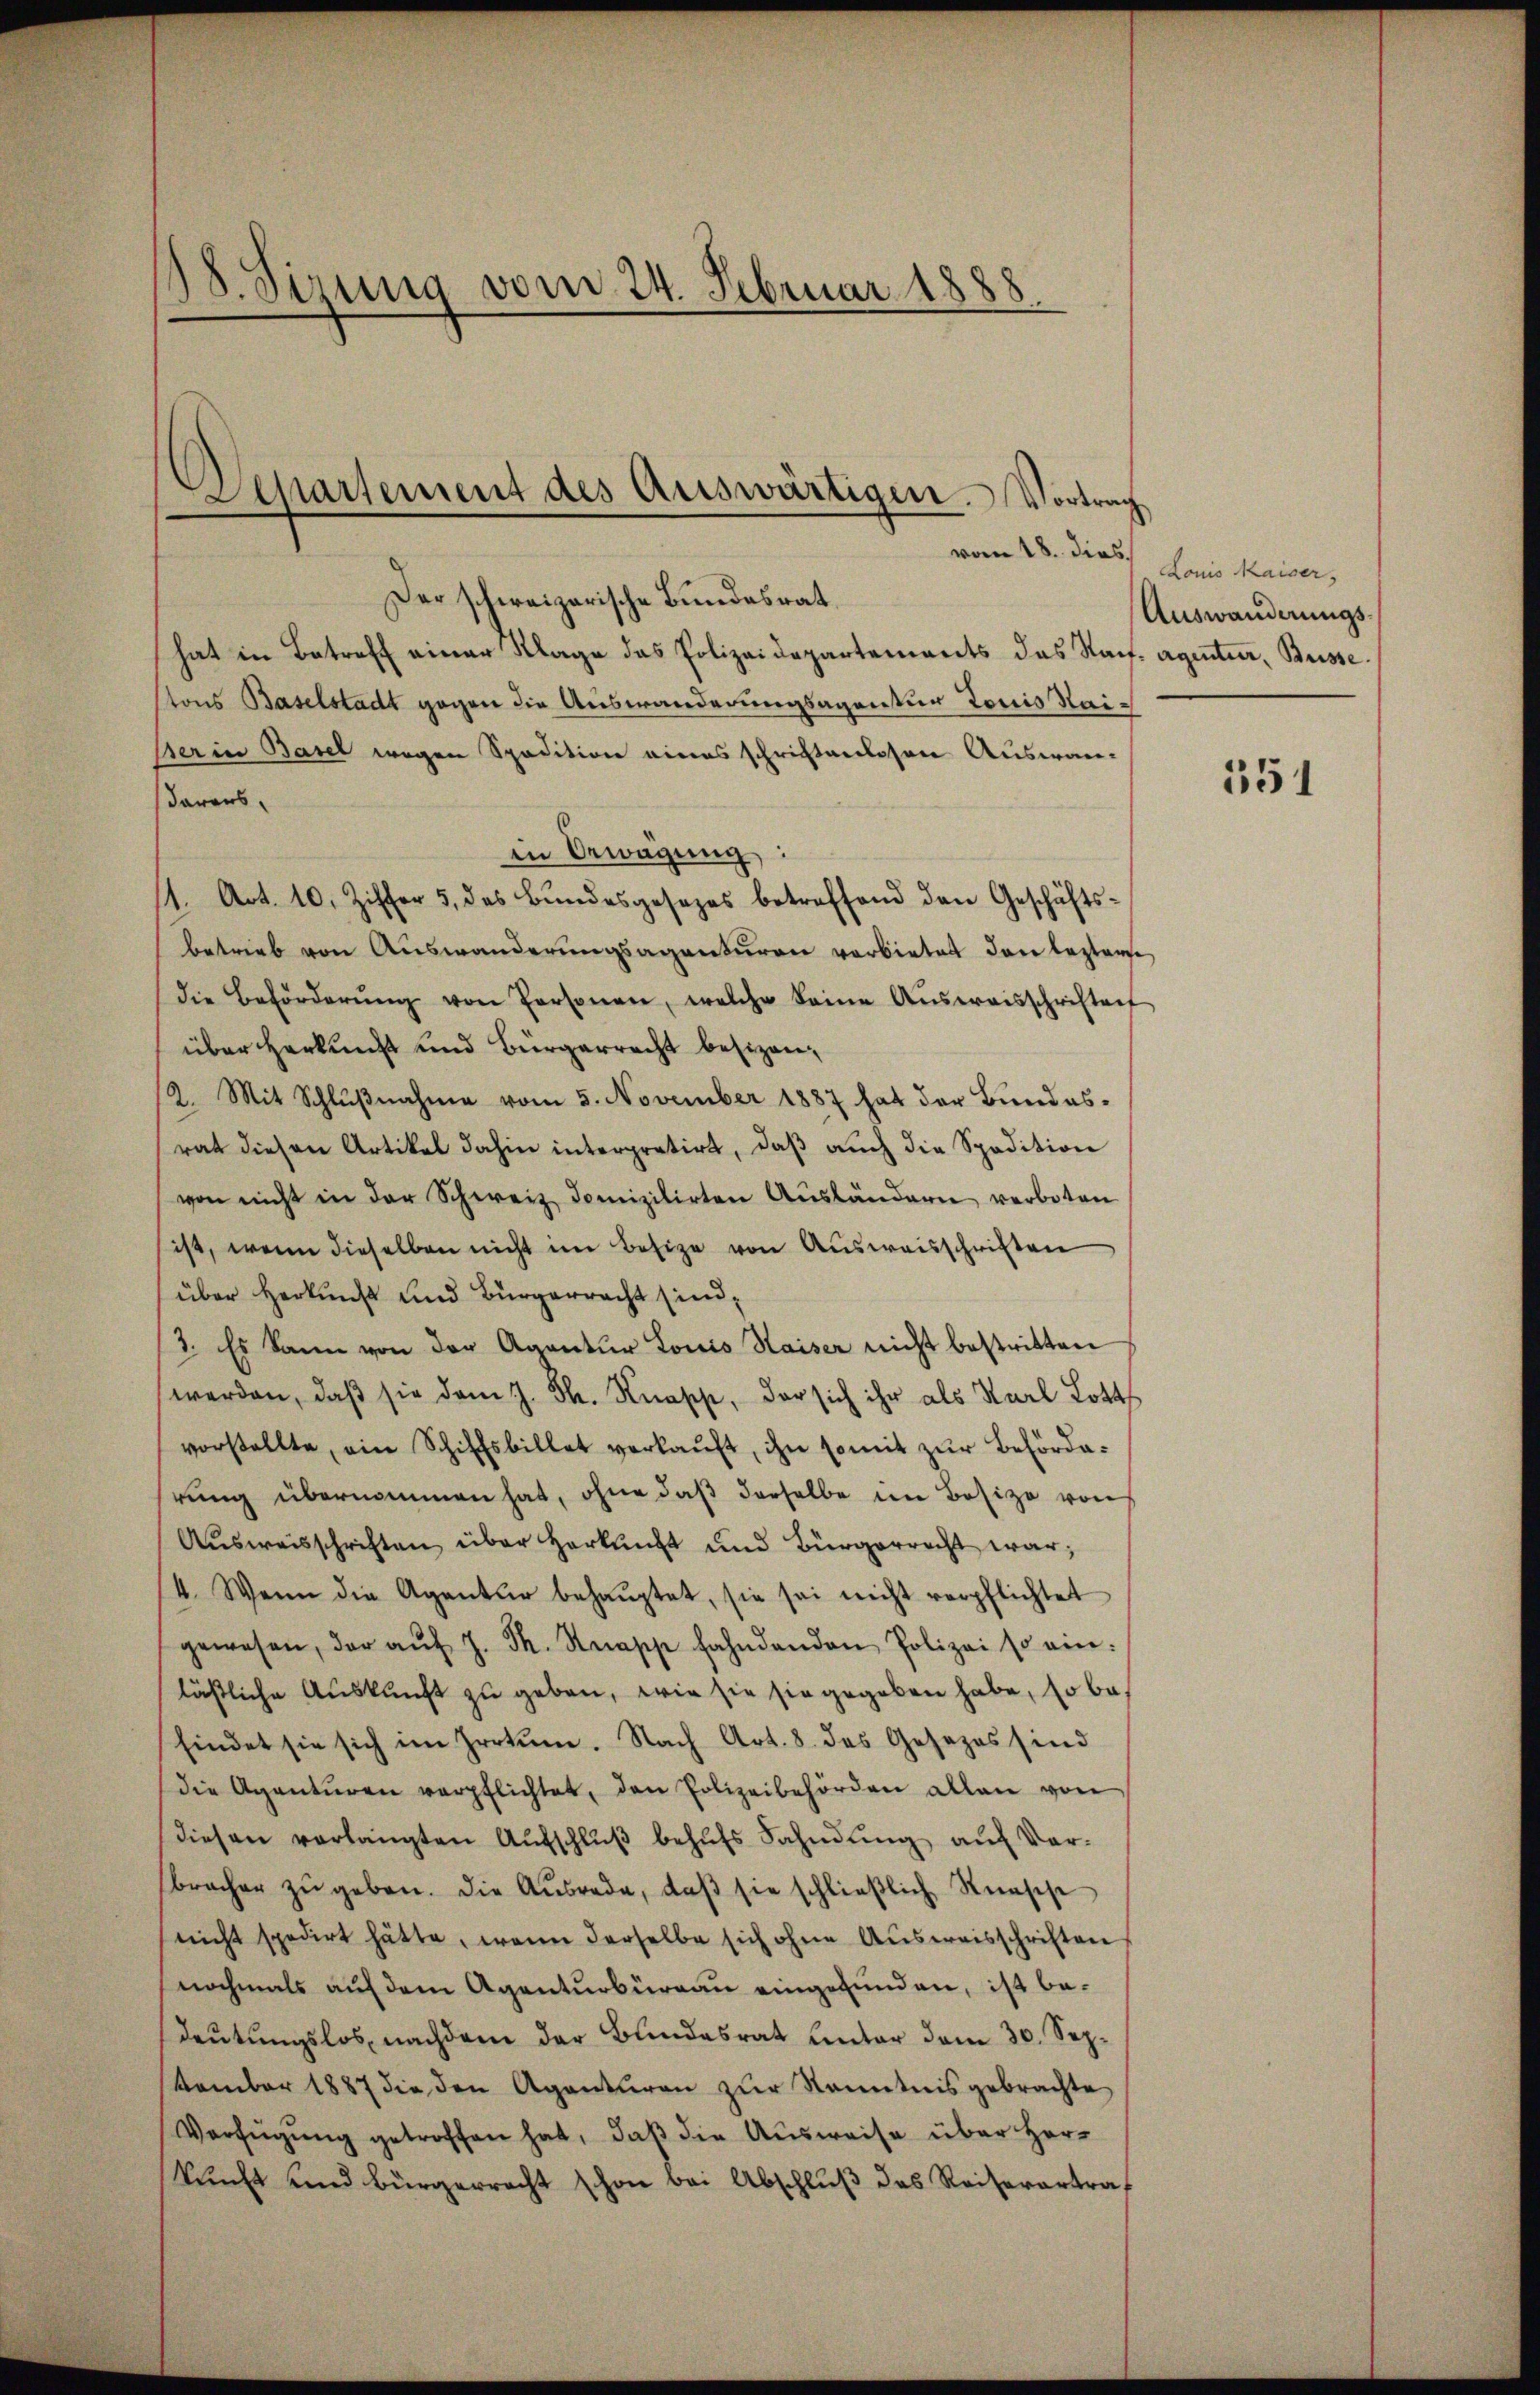
18. Sizung vom 24. Februar 1888.

Departement des Auswärtigen. Vortrag

Der schweizerische Bundesrat
hat in Betreff einer Klage das Polizeidepartements das Nach- agentur, Busse
tons Baselstadt gegen die Auswanderungsagentur Louis Rai¬
Berin Basel wegen Spedition eines schrichterlesen Auswandaraus.
in Bewägung:
11. Art. 10. Ziffer 5. des Bŭndesgesezes betreffend den Geschäftsbetrieb von Auswanderungsagenturen vorbietet dann leztere
die Beförderŭng von Personen, welche keine Aŭsweisschriften
über Herkunst und Bürgerrecht besizen,
/2. Mit Schlußnahme vom 5. November 1887 hat der Bundesrat diesen Artikel dahin interpretirt, daβ aŭch die Spadition
von nicht in der Schweiz domizilirten Aŭsländern verboten
ist, wenn dieselben nicht im Besize von Ausweisschriften
über Herkunst und Bürgerracht sind,
3. Es kann von der Agantur Louis Kaiser nicht bestritten
werden, daß sie dem J. F. Knasche, der sich ihr als Karl Lotts
vorstellte, ein Schiffsbillet verkaŭft, ihn somit zŭr Behörderung übernommen hat, ohne daß derselbe im Besize von
Aŭsweisschriften über Herkunft und Bürgerrecht war;
/4. Wenn die Agentur behauptet, sie sei nicht verpflichtet
gewesen, der aŭf J. Th. Strapp fahndenden Polizei so ein:
läßliche Auskunft zu geben, wie sie sie gegeben habe, so befindet sie sich im Irrtum. Nach Art. 8. das Gesezes sind
die Agentŭren verpflichtet, den Polizeibehörden allen von
diesen verlangten Aufschlŭβ behufs Fahndung auf Verbracher zŭ geben. Die Aŭsrade, daβ sie schlieβlich Rüesche
nicht spedirt hätte, wenn derselbe sich ohne Aŭsweisschriften
nochmals auf dem Agenturbüreau eingefunden, ist bedeutungslos, nachdem der Bundesrat unter dem 30. Sep¬
Famber 1887 die den Agenturen zŭr Kenntnis gebrachte
Verfügŭng getroffen hat, daβ die Ausweise über Herkunft und bürgerrecht schon bei Abschluß das Reiserertra¬

vom 28. Dieb. Louis Kaiser,

Auswanderungs¬

531